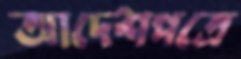
আদেশপত্রে